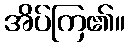
အိပ်ကြ၏။